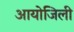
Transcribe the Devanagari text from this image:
आयोजिली